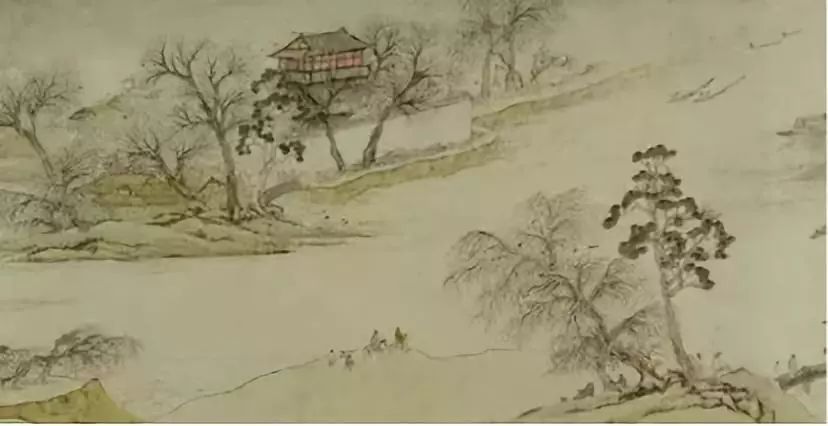
燕帘莺户，云窗雾阁，酒醒啼鸦。